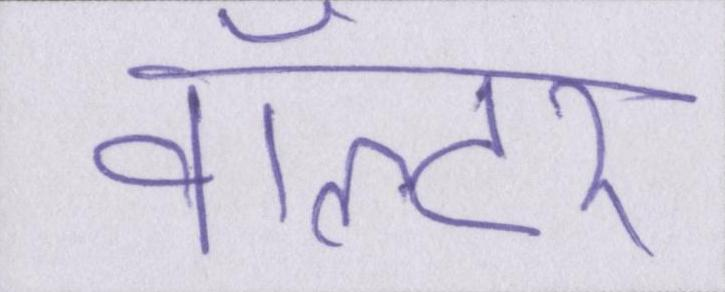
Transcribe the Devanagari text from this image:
वॉल्टर